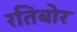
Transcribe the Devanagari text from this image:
रतिबोर